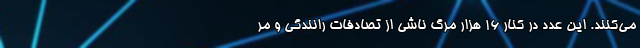
می­کنند. این عدد در کنار ۱۶ هزار مرگ ناشی از تصادفات رانندگی و مر